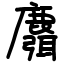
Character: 麛